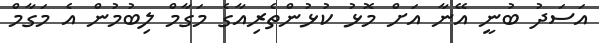
އަސަދު ބުނީ އޭނާ އަށް މޮޅު ކުޅުންތެރިއާގެ މަގާމް ލިބުމުން އެ މަގާމް